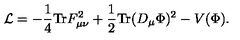
{ \cal L } = - { \frac { 1 } { 4 } } \mathrm { T r } F _ { \mu \nu } ^ { 2 } + { \frac { 1 } { 2 } } \mathrm { T r } ( D _ { \mu } \Phi ) ^ { 2 } - V ( \Phi ) .